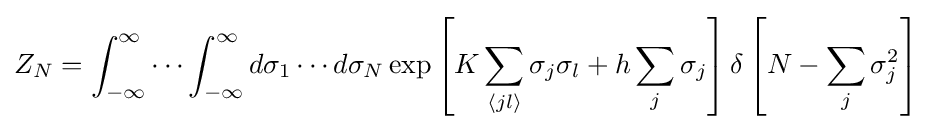
Z_{N}=\int _{-\infty }^{\infty }\cdots \int _{-\infty }^{\infty }d\sigma _{1}\cdots d\sigma _{N}\exp \left[K\sum _{\langle jl\rangle }\sigma _{j}\sigma _{l}+h\sum _{j}\sigma _{j}\right]\delta \left[N-\sum _{j}\sigma _{j}^{2}\right]